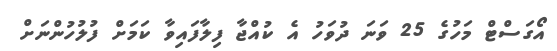
އޯގަސްޓް މަހުގެ 25 ވަނަ ދުވަހު އެ ކުއްޖާ ފިލާފައިވާ ކަމަށް ފުލުހުންނަށް